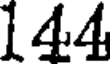
144